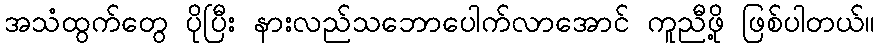
အသံထွက်တွေ ပိုပြီး နားလည်သဘောပေါက်လာအောင် ကူညီဖို့ ဖြစ်ပါတယ်။